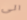
الى